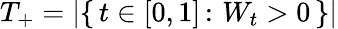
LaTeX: T_{+}=\left|\{ \, t\in[0,1]\, \colon\, W_{t}>0\, \} \right|